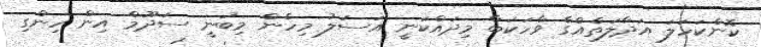
ކޮންކަހަލަ އަދާލަތެއްގެ ވާހަކަބާ މިދައްކަނީ އަސަލު މިހެން މިބުނީ ސަދޫމް އިން ހިންގި